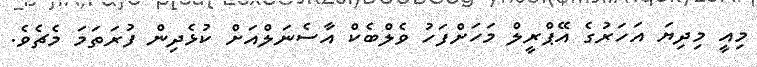
މިއީ މިދިޔަ އަހަރުގެ އޭޕްރީލް މަހަށްފަހު ވެލްބެކް އާސެނަލްއަށް ކުޅެދިން ފުރަތަމަ މެޗެވެ.